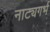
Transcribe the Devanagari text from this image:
नाट्यगर्भ